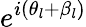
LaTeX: e^{i(\theta_{l}+\beta_{l})}